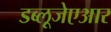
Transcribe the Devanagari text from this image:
डब्लूजेएआर